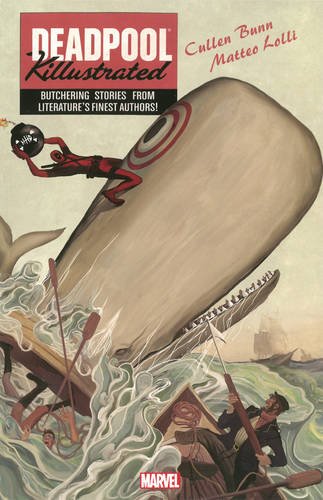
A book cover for Deadpool Killustrated; Cullen Bunn; Comics & Graphic Novels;